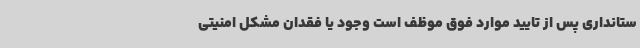
ستانداری پس از تایید موارد فوق موظف است وجود یا فقدان مشکل امنیتی